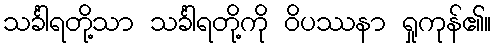
သင်္ခါရတို့သာ သင်္ခါရတို့ကို ဝိပဿနာ ရှုကုန်၏။